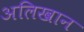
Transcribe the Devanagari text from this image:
अलिखान